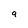
Character: 9